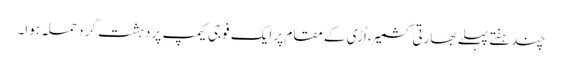
چندہفتے پہلے بھارتی کشمیر ،اُڑی کے مقام پر ایک فوجی کیمپ پر دہشت گرد حملہ ہوا۔